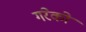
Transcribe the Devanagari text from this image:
गरेको